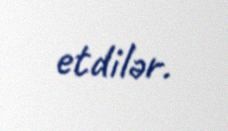
etdilər.